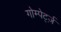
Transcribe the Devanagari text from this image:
गोम्पेर्ट्ज़